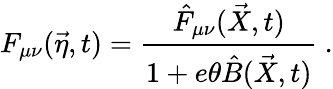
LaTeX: F_{\mu\nu}(\vec{\eta},t)=\frac{\hat{F}_{\mu\nu}(\vec{X},t)}{1+e\theta\hat{B}(\vec{X},t)}\ .